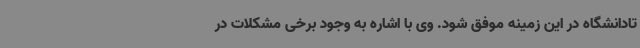
تادانشگاه در این زمینه موفق شود. وی با اشاره به وجود برخی مشکلات در